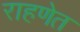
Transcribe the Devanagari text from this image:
राहणेत